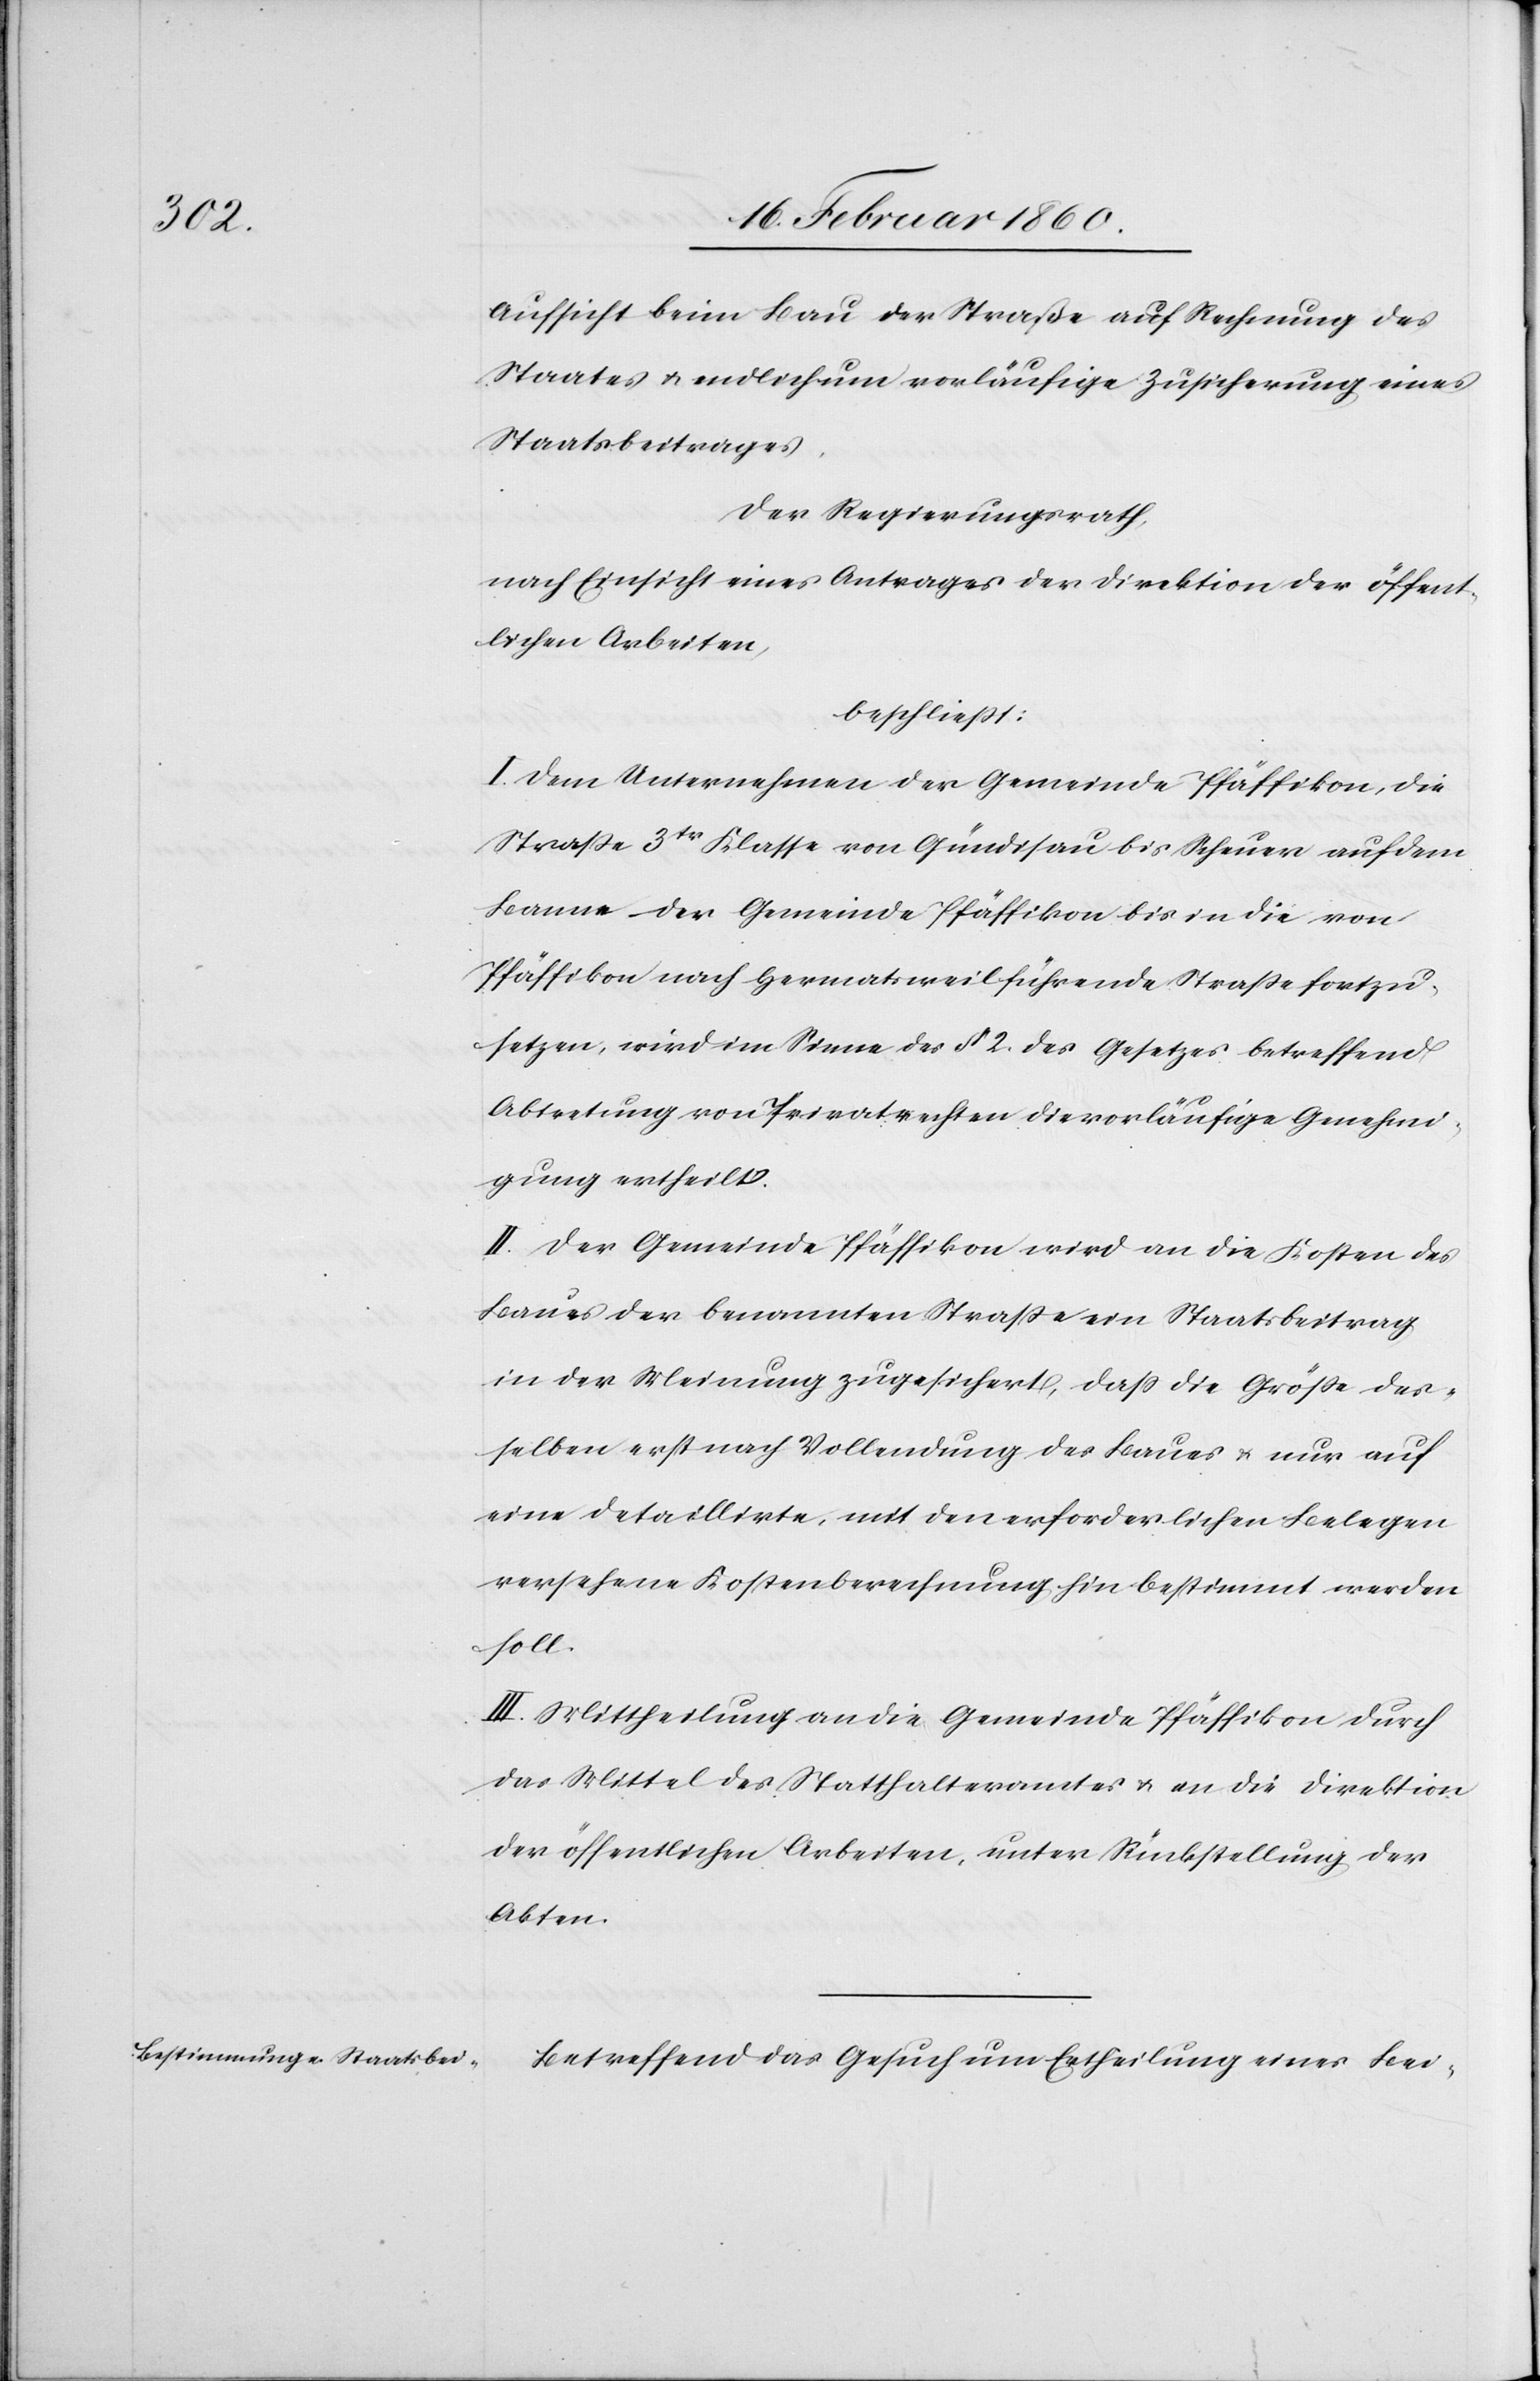
Aufsicht beim Bau der Straße auf Rechnung des
Staates u. endlich um vorläufige Zusicherung eines
Staatsbeitrages.
Der Regierungsrath,
nach Einsicht eines Antrages der Direktion der öffent¬
lichen Arbeiten,
beschliesst:
I. Dem Unternehmen der Gemeinde Pfäffikon, die
Strasse 3tr Klasse von Gündisau bis Scheuer auf dem
Banne der Gemeinde Pfäffikon bis in die von
Pfäffikon nach Hermatsweil führende Strasse fortzu¬
setzen, wird im Sinne des §. 2. des Gesetzes betreffend
Abtretung von Privatrechten die vorläufige Genehmi¬
gung ertheilt.
II. Der Gemeinde Pfäffikon wird an die Kosten des
Baues der benannten Strasse ein Staatsbeitrag
in der Meinung zugesichert, dass die Grösse der¬
selben erst nach Vollendung des Baues u. nur auf
eine Detaillirte, mit den erforderlichen Belegen
versehene Kostenberechnung hin bestimmt werden
soll.
III. Mittheilung an die Gemeinde Pfäffikon durch
das Mittel des Statthalteramtes u. an die Direktion
der öffentlichen Arbeiten, unter Rückstellung der
Akten.
Betreffend das Gesuch um Ertheilung eines Bei-